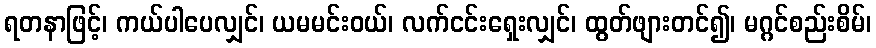
ရတနာဖြင့်၊ ကယ်ပါပေလျှင်၊ ယမမင်းဝယ်၊ လက်ငင်းရှေးလျှင်၊ ထွတ်ဖျားတင်၍၊ မဂ္ဂင်စည်းစိမ်၊